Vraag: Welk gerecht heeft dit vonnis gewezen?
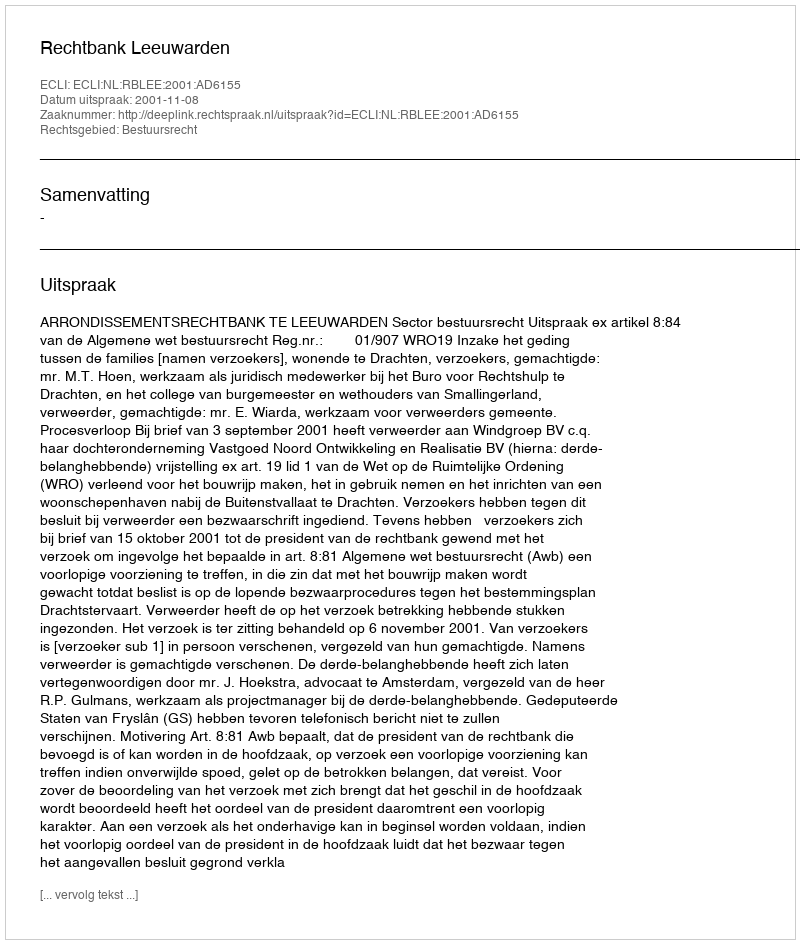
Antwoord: Rechtbank Leeuwarden